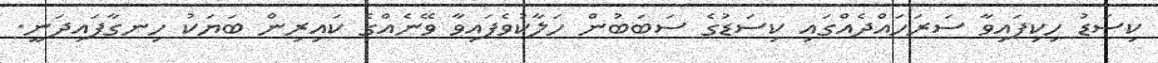
ކިސަޑު ހިކިފައިވާ ސަރަހައްދެއްގައި ކިސަޑުގެ ސަބަބުން ހަލާކުވެފައިވާ ވޭނެއްގެ ކައިރިން ބަޔަކު ހިނގާފައިދަނީ.